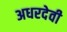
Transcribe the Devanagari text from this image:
अधरदेवी